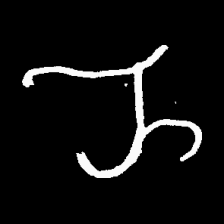
Pyu character \u2014 Myanmar letter: ည (romanized: nya)